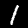
Label: 1